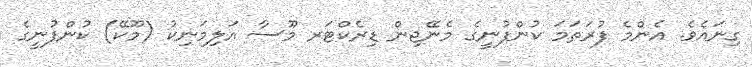
ގިނައެވެ. އެންމެ ފުރަތަމަ ކުންފުނީގެ މެނޭޖިން ޑިރެކްޓަރ މޫސާ އަލިމަނިކު (މޫކޭ) ކުންފުނީގެ